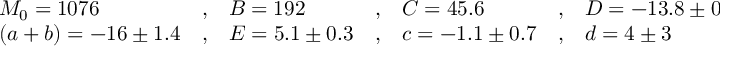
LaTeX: \begin{array} { l c l c l c l } { { M _ { 0 } = 1 0 7 6 } } & { { , } } & { { B = 1 9 2 } } & { { , } } & { { C = 4 5 . 6 } } & { { , } } & { { D = - 1 3 . 8 \pm 0 . 3 } } \\ { { ( a + b ) = - 1 6 \pm 1 . 4 } } & { { , } } & { { E = 5 . 1 \pm 0 . 3 } } & { { , } } & { { c = - 1 . 1 \pm 0 . 7 } } & { { , } } & { { d = 4 \pm 3 } } \end{array}